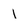
Character: 1